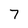
Character: 7